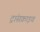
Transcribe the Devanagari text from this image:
ट्रांसक्राइव